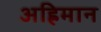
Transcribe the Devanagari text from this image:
अह्रिमान